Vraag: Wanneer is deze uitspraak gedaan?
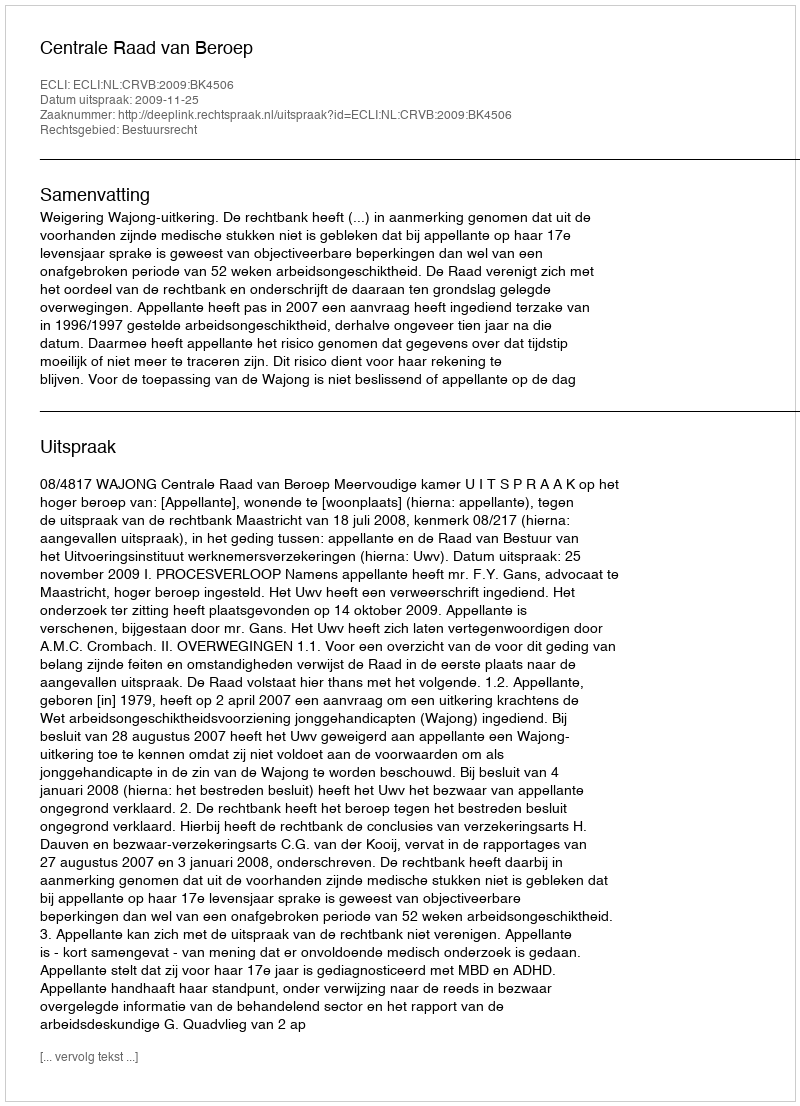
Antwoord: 2009-11-25